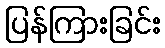
ပြန်ကြားခြင်း